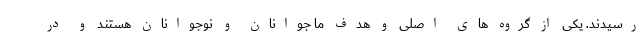
رسیدند. یکی از گروه ‌های اصلی و هدف ما جوانان و نوجوانان هستند و در